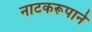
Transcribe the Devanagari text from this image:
नाटकरूपाने